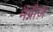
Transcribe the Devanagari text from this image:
मैग्नीज़